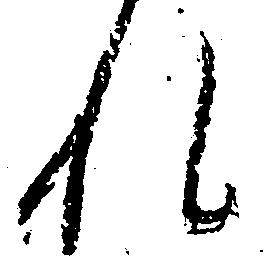
れ